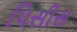
પિસીસ